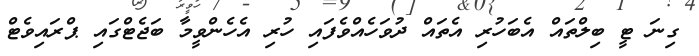
ގިނަ ޓީ ބިލްތައް އެބަހުރި އެތައް ދުވަހެއްވެފައި ހުރި އެހެންވީމާ ބަޖެޓްގައި ޕްރައިވެޓް